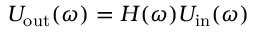
U _ { \mathrm { o u t } } ( \omega ) = H ( \omega ) U _ { \mathrm { i n } } ( \omega )